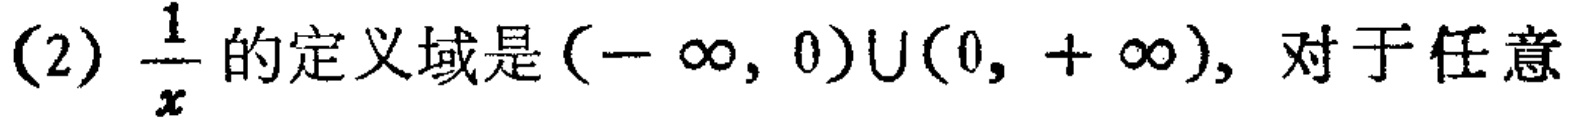
(2) $\frac{1}{x}$的定义域是$(-\infty, 0)\cup(0, +\infty)$, 对于任意